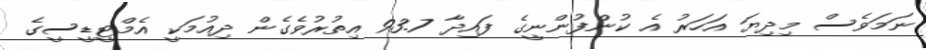
ނަމަވެސް މިދިޔަ އަހަރު އެ ކުންފުންނީގެ ފައިދާ 93.7 އިތުރުވެގެން ދިއުމަކީ އެމްޓީޑީސީގެ